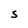
Character: S